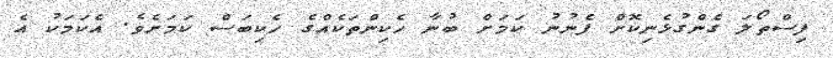
ފިސްތޯލަ ގެންގުޅެނިކޮށް ފެނުނު ކަމަށް ބުނާ ހެކިންތަކެއްގެ ހެކިބަސް ކަމަށެވެ. އެކަމަކު އެ